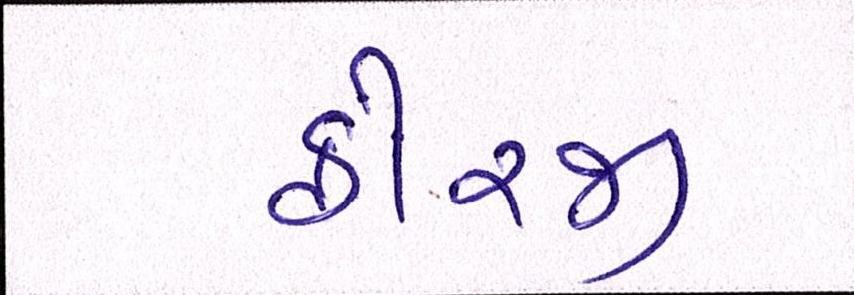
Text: ફોરજી